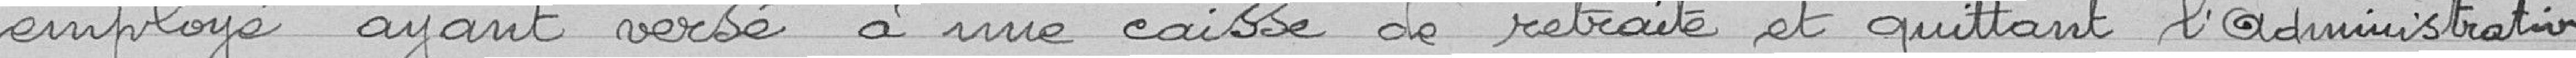
employé ayant versé à une caisse de retraite et quittant l'administration,